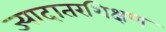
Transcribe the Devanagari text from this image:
ज्यादातरशिक्षण